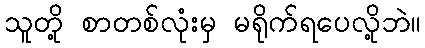
သူတို့ စာတစ်လုံးမှ မရိုက်ရပေလို့ဘဲ။